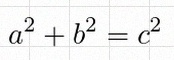
a^2+b^2=c^2